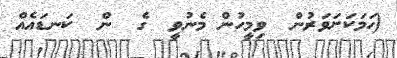
(ހަަމަކަށަވަރުން  ވިމީހުން މެނުވީ  ގެ  ން  ކަނޑައެއް